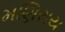
મણિરાય